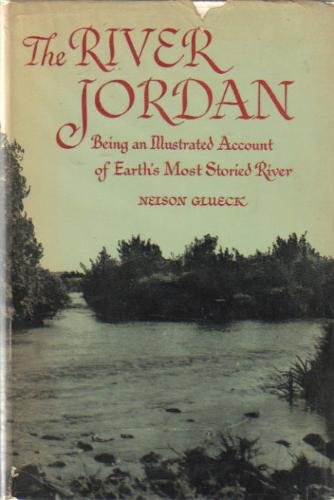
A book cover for The River Jordan: Being an Illustrated Account of Earth's Most Storied River; Nelson Glueck; Travel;